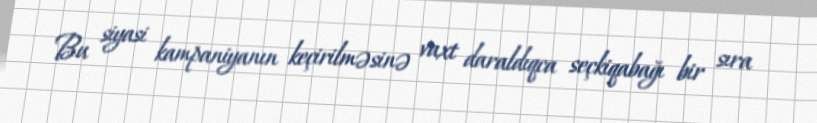
Bu siyasi kampaniyanın keçirilməsinə vaxt daraldıqca seçkiqabağı bir sıra